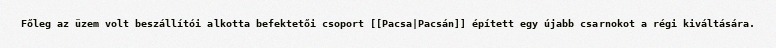
Főleg az üzem volt beszállítói alkotta befektetői csoport [[Pacsa|Pacsán]] épített egy újabb csarnokot a régi kiváltására.